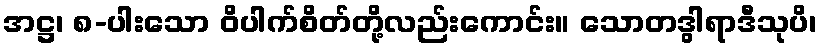
အဋ္ဌ၊ ၈-ပါးသော ဝိပါက်စိတ်တို့လည်းကောင်း။ သောတဒွါရာဒီသုပိ၊